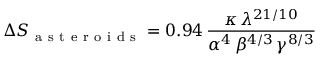
\Delta S _ { \mathrm { ~ a ~ s ~ t ~ e ~ r ~ o ~ i ~ d ~ s ~ } } = 0 . 9 4 \, \frac { \kappa \, \lambda ^ { 2 1 / 1 0 } } { \alpha ^ { 4 } \, \beta ^ { 4 / 3 } \, \gamma ^ { 8 / 3 } }